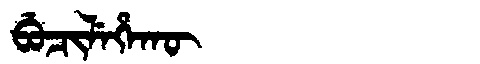
Manchu: ᠪᡠᠴᡳᠯᡝᡥᠠᡴᡡ
Romanization: BUCILEHAKŪ